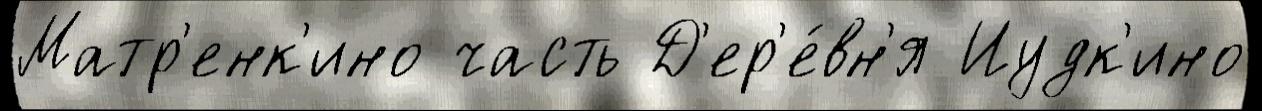
Матр'енк'ино часть Д'ер'е́вн'я Иудк'ино